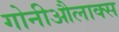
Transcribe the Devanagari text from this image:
गोनीऔलाक्स